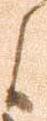
候